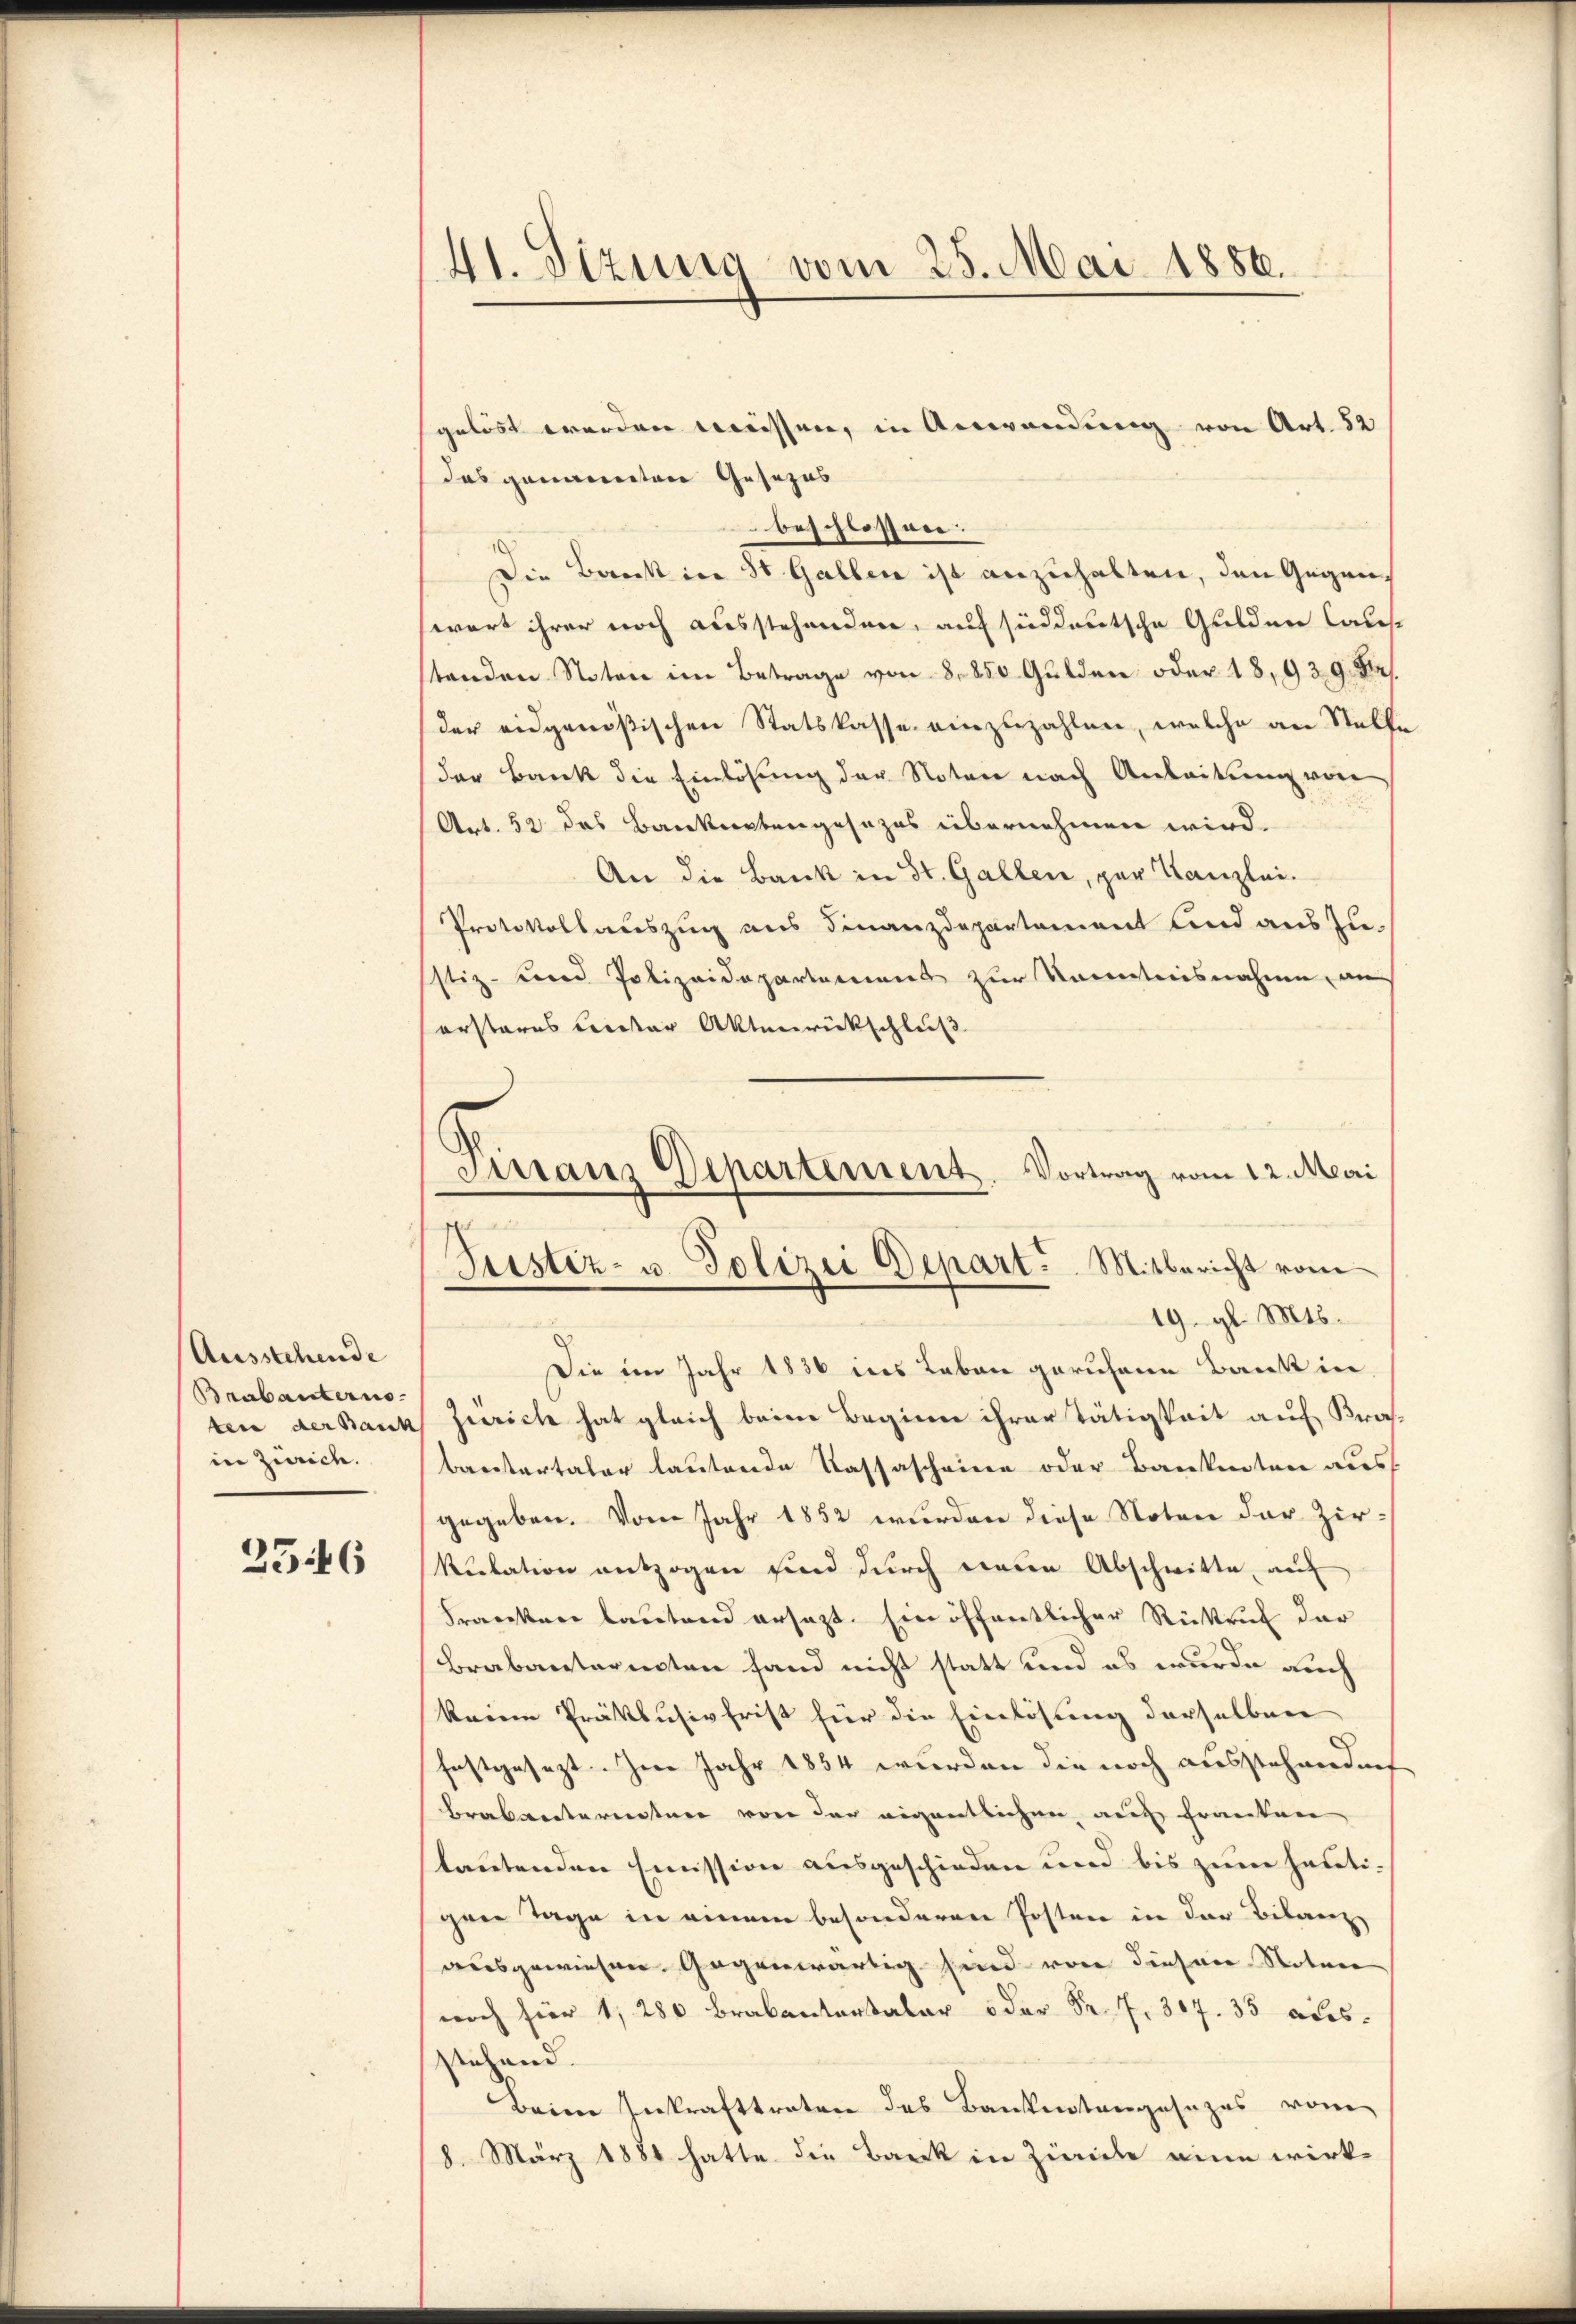
Ausstehende
Brabanternoin Zürich.

2546

41. Sizung vom 25. Mai 1886.

gelöst werden müssen, in Anwendung von Art. 52
das genannten Gesezes
beschlossen.
Die Bank in St. Gallen ist anzuhalten, den Gegenwart ihrer noch ausstehenden, auf süddeutsche Gulden Caus
standen Noten im Betrage von 8,850 Gulden oder 18, 939. Dr.
der eidgenößischen Statskasse einzuzahlen, welche an Stelle
der Bank die Einlösung der Noten nach Anleitung von
Art. 52 das Bankartengesezes übernehmen wird.
An die Bank in St. Gallen, per Kanzlei.
Protokollauszug aus Finanzdepartement und aus zu-
stiz- und Polizeidepartemens zur Kenntnisnahme, an
ersteres Leister Aktenrückschluß

Finanz Departement. Vortrag vom 12. Mai
Justiz- u. Polizei Depart ... Mitbericht vom
19. gl. Mts.

Die im Jahr 1836 ins Leben geruhene Bank in
ten der Bank Zürich hat gleich beim Beginn ihrer Tätigkeit auf Kra
batartaler lautende Kassascheine oder Bankenten aus
gegeben. Vom Jahr 1852 wurden diese Noten der Zir-
kulation entzogen sind durch wieden Abschwitte, auf
Franken lautend ersezt. Eine öffentlicher Rückruf der
Brabanterenten fand nicht statt und es wurde auch
keinen Präklusivfrist für die Einlösung derselben
festgesezt. Im Jahr 1854 wurden die noch ausstehendent
Brabantereitere von der eigentlichen, auch franken
tautenden Emission ausgeschieden und bis zum heutigen Tage in einem besonderen Posten in der Bilanz,
ausgewiesen. Gegenwärtig sind von diesen Notar
noch für 1835 aus.
stehend.
Beim Inkrafttreter des Bankentengesezes vom
8. März 1881 hatte die Bank in Zürich eine wirk¬